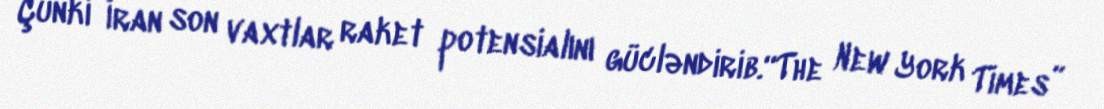
Çünki İran son vaxtlar raket potensialını gücləndirib.“The New York Times”